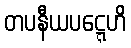
တပနီယပဋ္ဋေဟိ